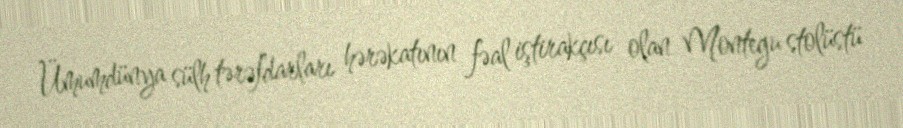
Ümumdünya sülh tərəfdarları hərəkatının fəal iştirakçısı olan Montegu stolüstü